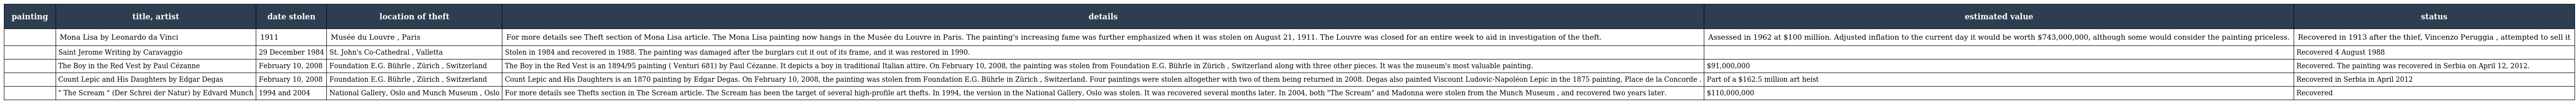
| painting | title, artist | date stolen | location of theft | details | estimated value | status |
 | --- | --- | --- | --- | --- | --- | --- |
 |  | Mona Lisa by Leonardo da Vinci | 1911 | Musée du Louvre , Paris | For more details see Theft section of Mona Lisa article. The Mona Lisa painting now hangs in the Musée du Louvre in Paris. The painting's increasing fame was further emphasized when it was stolen on August 21, 1911. The Louvre was closed for an entire week to aid in investigation of the theft. | Assessed in 1962 at $100 million. Adjusted inflation to the current day it would be worth $743,000,000, although some would consider the painting priceless. | Recovered in 1913 after the thief, Vincenzo Peruggia , attempted to sell it |
 |  | Saint Jerome Writing by Caravaggio | 29 December 1984 | St. John's Co-Cathedral , Valletta | Stolen in 1984 and recovered in 1988. The painting was damaged after the burglars cut it out of its frame, and it was restored in 1990. |  | Recovered 4 August 1988 |
 |  | The Boy in the Red Vest by Paul Cézanne | February 10, 2008 | Foundation E.G. Bührle , Zürich , Switzerland | The Boy in the Red Vest is an 1894/95 painting ( Venturi 681) by Paul Cézanne. It depicts a boy in traditional Italian attire. On February 10, 2008, the painting was stolen from Foundation E.G. Bührle in Zürich , Switzerland along with three other pieces. It was the museum's most valuable painting. | $91,000,000 | Recovered. The painting was recovered in Serbia on April 12, 2012. |
 |  | Count Lepic and His Daughters by Edgar Degas | February 10, 2008 | Foundation E.G. Bührle , Zürich , Switzerland | Count Lepic and His Daughters is an 1870 painting by Edgar Degas. On February 10, 2008, the painting was stolen from Foundation E.G. Bührle in Zürich , Switzerland. Four paintings were stolen altogether with two of them being returned in 2008. Degas also painted Viscount Ludovic-Napoléon Lepic in the 1875 painting, Place de la Concorde . | Part of a $162.5 million art heist | Recovered in Serbia in April 2012 |
 |  | " The Scream " (Der Schrei der Natur) by Edvard Munch | 1994 and 2004 | National Gallery, Oslo and Munch Museum , Oslo | For more details see Thefts section in The Scream article. The Scream has been the target of several high-profile art thefts. In 1994, the version in the National Gallery, Oslo was stolen. It was recovered several months later. In 2004, both "The Scream" and Madonna were stolen from the Munch Museum , and recovered two years later. | $110,000,000 | Recovered |